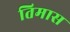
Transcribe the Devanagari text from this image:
तिमास